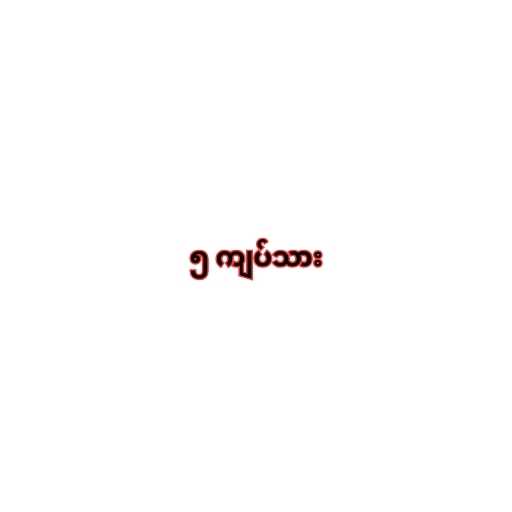
၅ ကျပ်သား